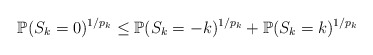
\begin{align*}\mathbb{P}(S_k=0)^{1/p_k} \leq \mathbb{P}(S_k=-k)^{1/p_k} + \mathbb{P}(S_k=k)^{1/p_k}\end{align*}